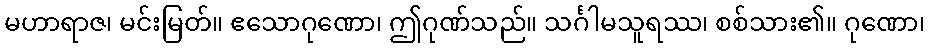
မဟာရာဇ၊ မင်းမြတ်။ ဧသောဂုဏော၊ ဤဂုဏ်သည်။ သင်္ဂါမသူရဿ၊ စစ်သား၏။ ဂုဏော၊